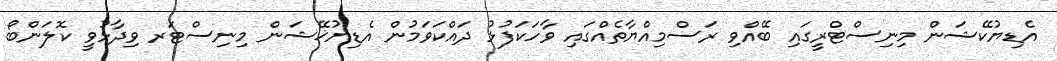
އެޑިޔުކޭޝަން މިނިސްޓްރީގައި ބޭއްވި ރަސްމިއްޔާތެއްގައި ވާހަކަފުޅު ދައްކަވަމުން އެޑިޔުޚޭޝަން މިނިސްޓަރ ވިދާޅުވީ ކޮލަންބޯ